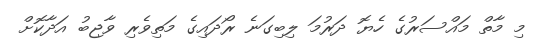
މި މާތް މައްސަރުގެ ހެޔޮ ދަރުމަ ލިބިގަނެ ރޯދައިގެ މަތިވެރި ވާޖިބު އަދާކޮށް